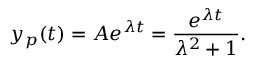
y _ { p } ( t ) = A e ^ { \lambda t } = { \frac { e ^ { \lambda t } } { \lambda ^ { 2 } + 1 } } .